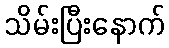
သိမ်းပြီးနောက်